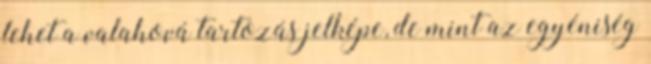
lehet a valahová tartozás jelképe, de mint az egyéniség